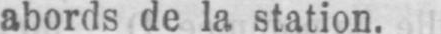
abords de la station.